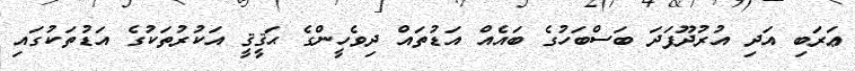
ޢަރަބި އަދި އުރުދޫފަދަ ބަސްބަހުގެ ބައެއް އަޑުތައް ދިވެހީންގެ ޙަޤީޤީ އަކުރުތަކުގެ އަޑުތަކުގައި